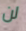
لن